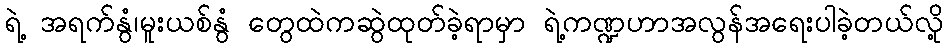
ရဲ့ အရက်နွံ၊မူးယစ်နွံ တွေထဲကဆွဲထုတ်ခဲ့ရာမှာ ရဲ့ကဏ္ဍဟာအလွန်အရေးပါခဲ့တယ်လို့